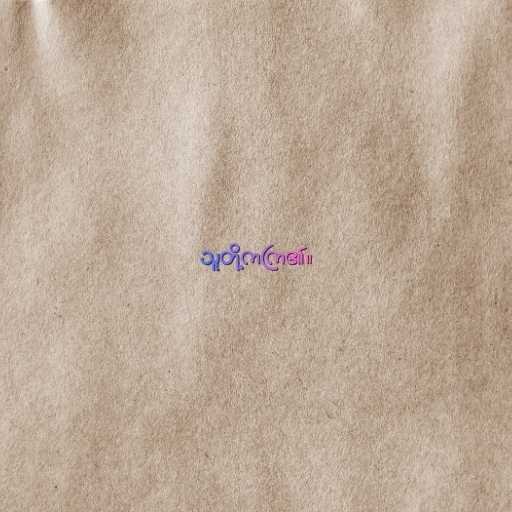
သူတို့ကကြ၏။